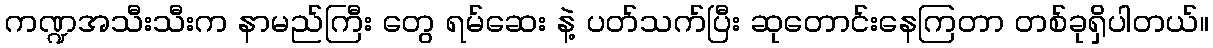
ကဏ္ဍအသီးသီးက နာမည်ကြီး တွေ ရမ်ဆေး နဲ့ ပတ်သက်ပြီး ဆုတောင်းနေကြတာ တစ်ခုရှိပါတယ်။